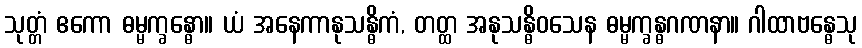
သုတ္တံ ဧကော ဓမ္မက္ခန္ဓော။ ယံ အနေကာနုသန္ဓိကံ, တတ္ထ အနုသန္ဓိဝသေန ဓမ္မက္ခန္ဓဂဏနာ။ ဂါထာဗန္ဓေသု